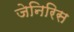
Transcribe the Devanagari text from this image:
जेनिरिस